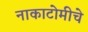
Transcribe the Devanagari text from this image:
नाकाटोमीचे